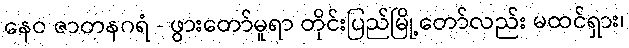
နေဝ ဇာတနဂရံ - ဖွားတော်မူရာ တိုင်းပြည်မြို့တော်လည်း မထင်ရှား၊